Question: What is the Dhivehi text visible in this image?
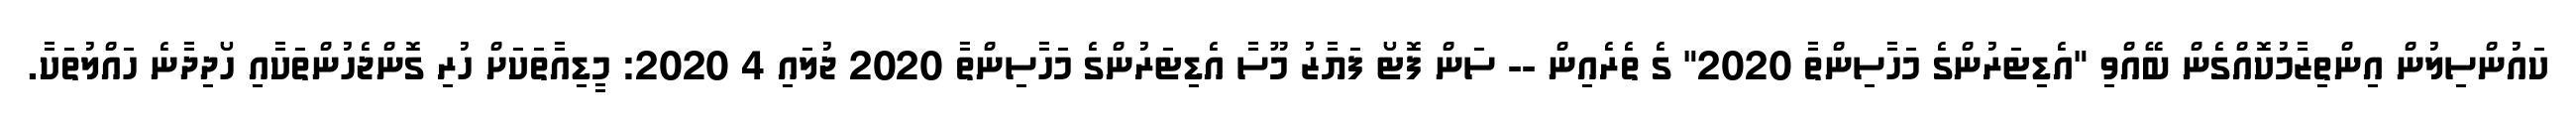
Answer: ކައުންސިލުން އިންތިޒާމުކޮއްގެން ބޭއްވި "އެޑިޓަރުންގެ މަހާސިންތާ 2020" ގެ ތެރެއިން -- ސަން ފޮޓޯ ފަޔާޒު މޫސާ އެޑިޓަރުންގެ މަހާސިންތާ 2020 ޖުލައި 4 2020: މީޑިއާތަކަށް ހުރި ގޮންޖެހުންތަކާއި ހޯދިދާނެ ހައްލުތަކާ.